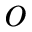
o